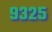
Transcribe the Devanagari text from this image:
९३२५